Leaving Certificate Examination, 1919
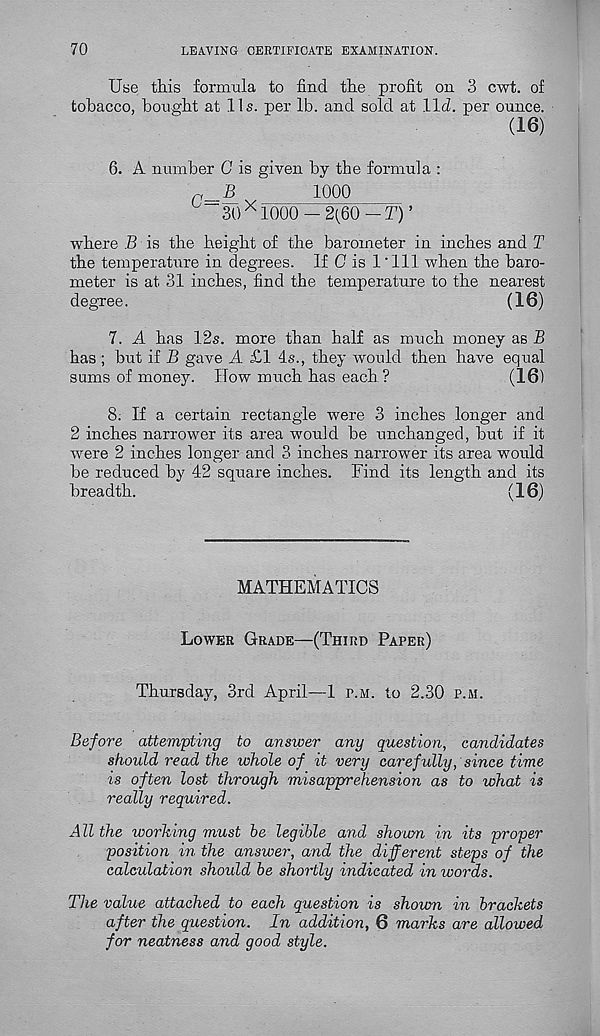
70
LEAVING CERTIFICATE EXAMINATION.
Use this formula to find the profit on 3 cwt. of
tobacco, bought at 11s. per lb. and sold at lid. per ounce.
(16)
6. A number G is given by the formula :
1000
30 X 1000 — 2(60 — T) ’
where B is the height of the barometer in inches and T
the temperature in degrees. If G is I'll! when the baro-
meter is at 31 inches, find the temperature to the nearest
degree.
(16)
7. A has 12s. more than half as much money as B
has ; but if B gave A £1 4s., they would then have equal
sums of money. How much has each?
(16)
8. If a certain rectangle were 3 inches longer and
2 inches narrower its area would be unchanged, but if it
were 2 inches longer and 3 inches narrower its area would
be reduced by 42 square inches. Find its length and its
breadth.
(16)
MATHEMATICS
Lower Grade—(Third Paper)
Thursday, 3rd April—1 p.m. to 2.30 p.m.
Before attempting to answer any question, candidates
should read the whole of it very carefully, since time
is often lost through misapprehension as to what is
really required.
A ll the working must be legible and shoum in its proper
position in the answer, and the different steps of the
calculation should be shortly indicated in words.
The value attached to each question is shoum in brackets
after the question. In addition, 6 marks are allowed
for neatness and good style.